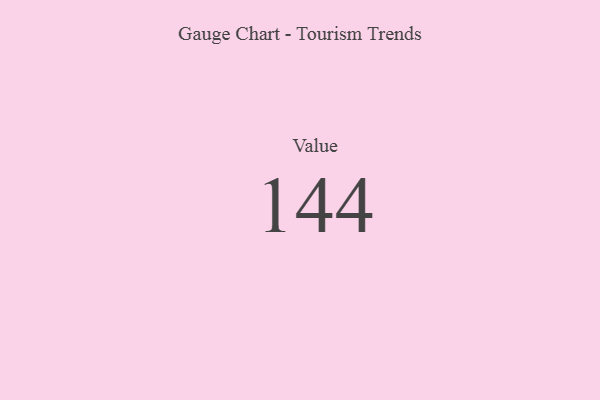
{"axis": {"x": "Metric", "y": "Value"}, "legend": [""], "data": [{"x": "Value", "y": 144, "type": ""}]}